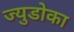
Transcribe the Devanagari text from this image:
ज्युडोका